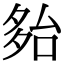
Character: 𡖤